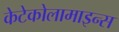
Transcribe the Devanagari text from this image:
केटेकोलामाइन्स